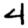
Digit: 4